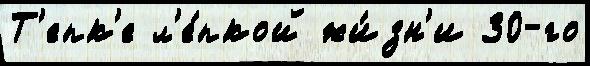
Т'епк'е л'е́пкой жи́зн'и 30-го